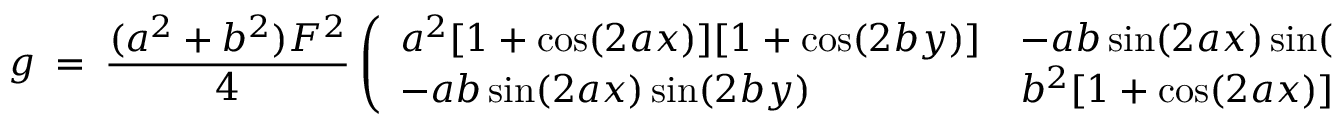
g \ = \ \frac { ( a ^ { 2 } + b ^ { 2 } ) F ^ { 2 } } { 4 } \left( \begin{array} { l l } { a ^ { 2 } [ 1 + \cos ( 2 a x ) ] [ 1 + \cos ( 2 b y ) ] } & { - a b \sin ( 2 a x ) \sin ( 2 b y ) } \\ { - a b \sin ( 2 a x ) \sin ( 2 b y ) } & { b ^ { 2 } [ 1 + \cos ( 2 a x ) ] [ 1 + \cos ( 2 b y ) ] } \end{array} \right) .